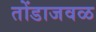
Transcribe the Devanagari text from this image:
तोंडाजवळ